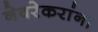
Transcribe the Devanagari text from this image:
नेवरेकरांना